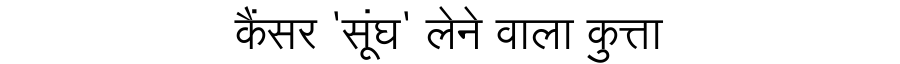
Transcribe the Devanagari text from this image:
कैंसर 'सूंघ' लेने वाला कुत्ता